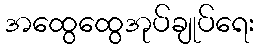
အထွေထွေအုပ်ချုပ်ရေး